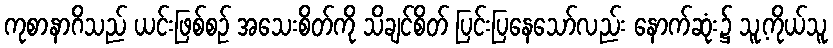
ကုစာနာဂိသည် ယင်းဖြစ်စဉ် အသေးစိတ်ကို သိချင်စိတ် ပြင်းပြနေသော်လည်း နောက်ဆုံး၌ သူ့ကိုယ်သူ